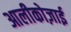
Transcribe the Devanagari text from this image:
आलीकोज़ाई